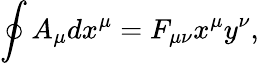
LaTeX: \oint A_{\mu}dx^{\mu}=F_{\mu\nu}x^{\mu}y^{\nu},